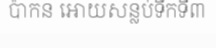
ប៉ាកន អោយសន្លប់ទឹកទី៣